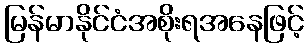
မြန်မာနိုင်ငံအစိုးရအနေဖြင့်